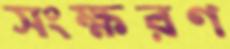
সংক্ষরণ